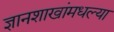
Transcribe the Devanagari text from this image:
ज्ञानशाखांमधल्या